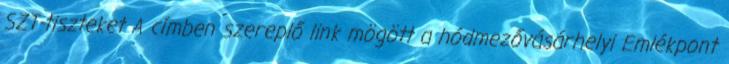
SZT-tiszteket A címben szereplő link mögött a hódmezővásárhelyi Emlékpont